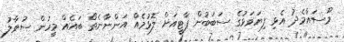
މޫސައާމެދު އެޅި ފިޔަވަޅުގެ ސަބަބުން ޕާޓީއަށް ލޮޅުމެއް އަންނާނެތޯ ބައެއް މީހުން ސުވާލު